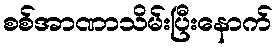
စစ်အာဏာသိမ်းပြီးနောက်